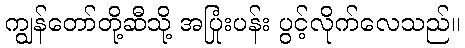
ကျွန်တော်တို့ဆီသို့ အပြုံးပန်း ပွင့်လိုက်လေသည်။